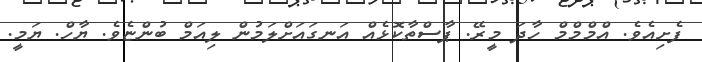
ފެށިއެވެ. އްމްމްމް ހާދަ މީރޭ. ޕާސްތާކޮޅެއް އަނގައަށްލަމުން ލިއަމް ބުންޏެވެ. ޔާހް. ޔަމީ.